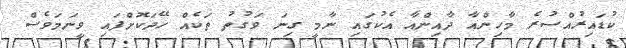
ކުޑައިރުއްސުރެ މާހިންއާ ދާއިންއާ އެކުގައި ނާމީ ގިނަ ވަގުތު ތަކެއް ހޭދަކޮށްފައި ވީނަމަވެސް